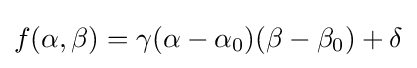
f(\alpha ,\beta )=\gamma (\alpha -\alpha _{0})(\beta -\beta _{0})+\delta